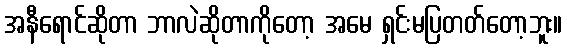
အနီရောင်ဆိုတာ ဘာလဲဆိုတာကိုတော့ အမေ ရှင်းမပြတတ်တော့ဘူး။